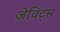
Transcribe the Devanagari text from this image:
जेविट्स